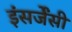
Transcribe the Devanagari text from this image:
इंसर्जेंसी